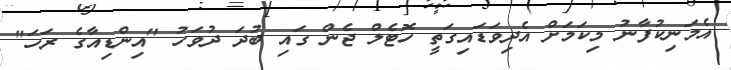
އެމަނިކުފާނު މިކަމަށް އެދިވަޑައިގަތީ ހޮޓެލް ޖެން ގައި ބުދަ ދުވަހު "އިންޑިއާގެ ރަހަ"